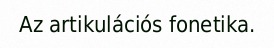
Az artikulációs fonetika.